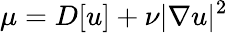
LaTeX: \mu=D[u]+\nu|\nabla u|^{2}